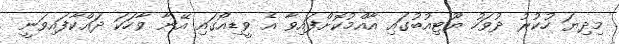
މިދިޔަ ހުކުރު ދުވަހު ޔޫޓިއުބުގައި އާއްމުކޮށްފައިވާ އެ ވީޑިއޯގައި އޭނާ ވާހަކަ ދައްކާފައިވަނީ